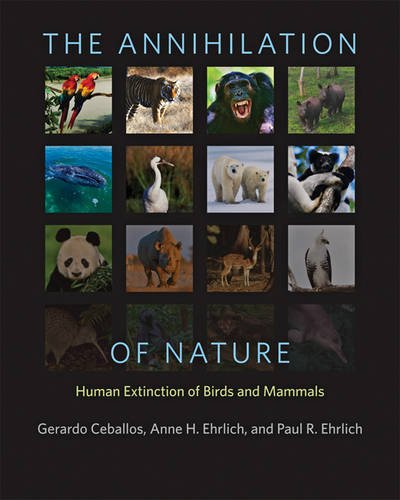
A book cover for The Annihilation of Nature: Human Extinction of Birds and Mammals; Gerardo Ceballos; Science & Math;